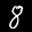
Label: 8